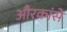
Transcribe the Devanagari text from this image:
औरकांसे